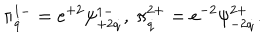
\pi _ { \dot { q } } ^ { 1 - } = e ^ { + 2 } \psi _ { + 2 \dot { q } } ^ { 1 - } , \ \pi _ { \dot { q } } ^ { 2 + } = e ^ { - 2 } \psi _ { - 2 \dot { q } } ^ { 2 + } .